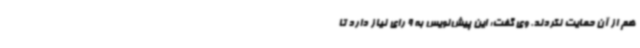
هم از آن حمایت نکردند. وی گفت: این پیش‌نویس به 9 رای نیاز دارد تا